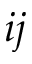
i j